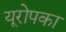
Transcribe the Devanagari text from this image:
यूरोपका